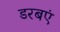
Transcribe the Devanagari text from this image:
डरबएं